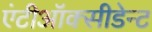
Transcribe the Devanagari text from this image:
एंटीऑक्सीडेन्ट